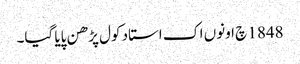
1848 چ اونوں اک استاد کول پڑھن پایا گیا۔